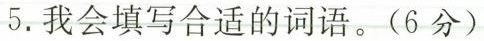
5. 我会填写合适的词语。(6分)